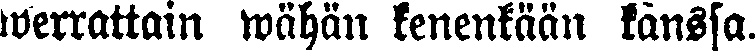
werrattain wähän kenenkään kanssa.